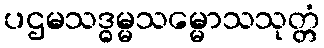
ပဌမသဒ္ဓမ္မသမ္မောသသုတ္တံ